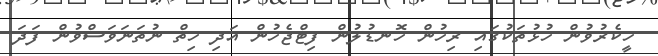
ހީކެރުވުން ހުޅުތަކުގައި ރިހުން ހޮނޑުލުން ފިޓްޖެހުން އަދި ހިތް ނުތަނަވަސްވުން ފަދަ